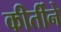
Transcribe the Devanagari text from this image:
कीर्तीने